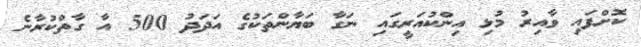
ކޮށްފައި ވާއިރު މުޅި އިންކުއަރީގައި ނަގާ ބަޔާންތަކުގެ އަދަދު 500 އާ ގާތްކުރާނެ